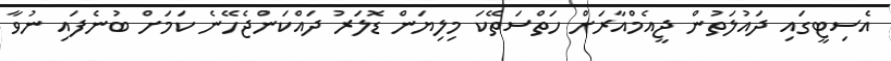
އެސިޓީގައި ދައުލަތުން ޖީއެމްއާރަށް ހަތްސަތޭކަ މިލިޔަން ޑޮލަރު ދައްކަންޖެހޭނެ ކަމަށް ބުނެފައި ނުވާ